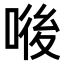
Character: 𠷴